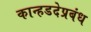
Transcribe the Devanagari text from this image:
कान्हडदेप्रबंध